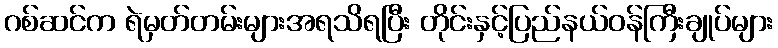
ဂစ်ဆင်က ရဲမှတ်တမ်းများအရသိရပြီး တိုင်းနှင့်ပြည်နယ်ဝန်ကြီးချုပ်များ